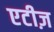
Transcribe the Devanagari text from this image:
एटीज़